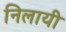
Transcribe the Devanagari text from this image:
निलायी